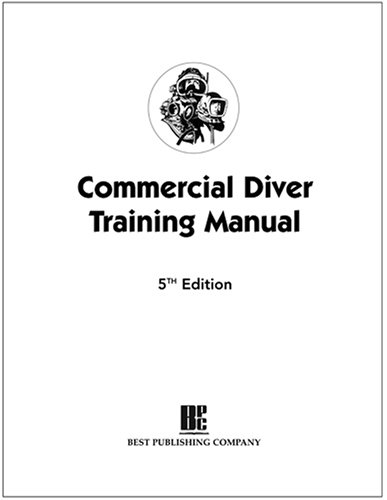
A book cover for Commercial Diver Training Manual, 5th Ed; James T. Joiner; Sports & Outdoors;